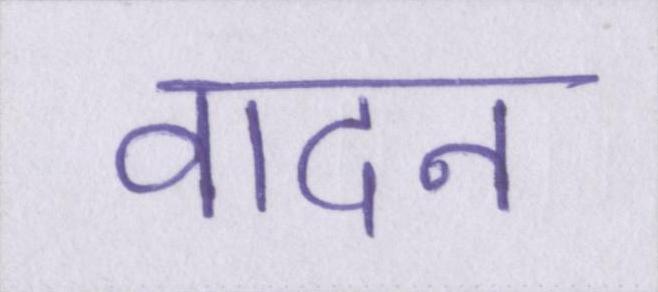
वादन